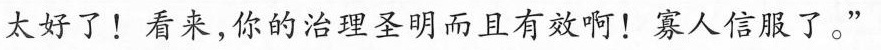
太好了！看来，你的治理圣明而且有效啊！寡人信服了。”